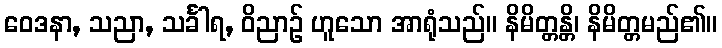
ဝေဒနာ, သညာ, သင်္ခါရ, ဝိညာဉ် ဟူသော အာရုံသည်။ နိမိတ္တန္တိ၊ နိမိတ္တမည်၏။